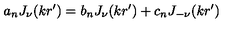
a _ { n } J _ { \nu } ( k r ^ { \prime } ) = b _ { n } J _ { \nu } ( k r ^ { \prime } ) + c _ { n } J _ { - \nu } ( k r ^ { \prime } )